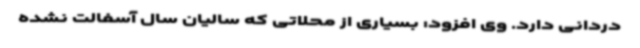
دردانی دارد. وی افزود: بسیاری از محلاتی که سالیان سال آسفالت نشده